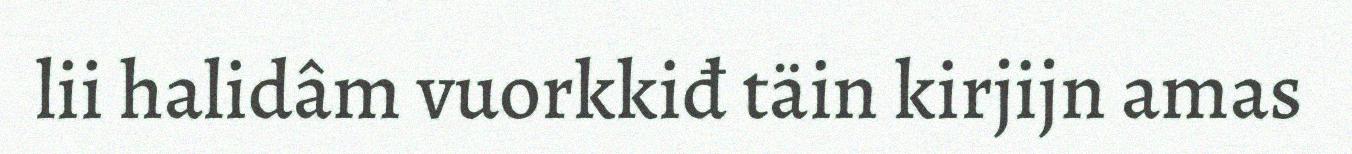
lii halidâm vuorkkiđ täin kirjijn amas